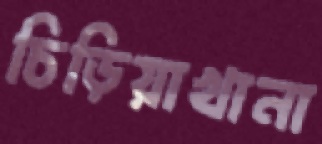
চিড়িয়াখানা